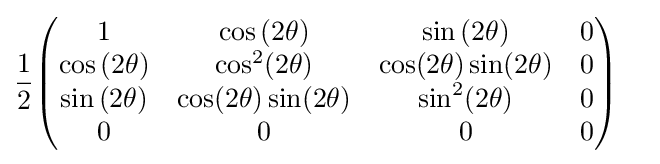
{1 \over 2}{\begin{pmatrix}1&\cos {(2\theta )}&\sin {(2\theta )}&0\\\cos {(2\theta )}&\cos ^{2}(2\theta )&\cos(2\theta )\sin(2\theta )&0\\\sin {(2\theta )}&\cos(2\theta )\sin(2\theta )&\sin ^{2}(2\theta )&0\\0&0&0&0\end{pmatrix}}\quad